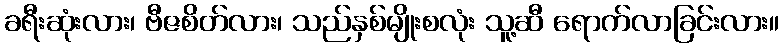
ခရီးဆုံးလား၊ ဗီဇစိတ်လား၊ သည်နှစ်မျိုးစလုံး သူ့ဆီ ရောက်လာခြင်းလား။